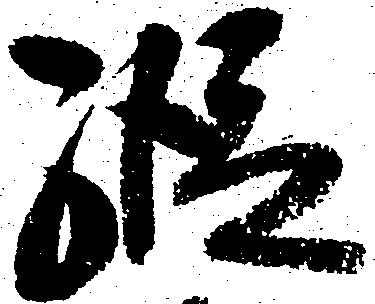
縦